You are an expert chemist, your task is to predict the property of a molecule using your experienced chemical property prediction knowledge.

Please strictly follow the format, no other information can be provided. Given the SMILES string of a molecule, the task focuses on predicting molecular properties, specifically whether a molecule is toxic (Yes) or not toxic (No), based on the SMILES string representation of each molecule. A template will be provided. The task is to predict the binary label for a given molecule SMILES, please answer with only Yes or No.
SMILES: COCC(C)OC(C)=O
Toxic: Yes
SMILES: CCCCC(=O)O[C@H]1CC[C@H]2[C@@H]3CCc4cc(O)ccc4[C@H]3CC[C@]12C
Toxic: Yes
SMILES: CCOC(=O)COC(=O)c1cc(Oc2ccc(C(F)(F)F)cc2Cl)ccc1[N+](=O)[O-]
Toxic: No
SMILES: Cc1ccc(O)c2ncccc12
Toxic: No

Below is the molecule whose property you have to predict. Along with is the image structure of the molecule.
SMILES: CCCCC(CC)COC(=O)CCCCCCCCC(=O)OCC(CC)CCCC
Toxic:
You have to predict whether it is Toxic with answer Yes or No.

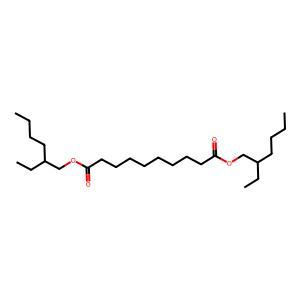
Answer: No